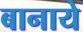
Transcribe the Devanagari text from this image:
बानाये